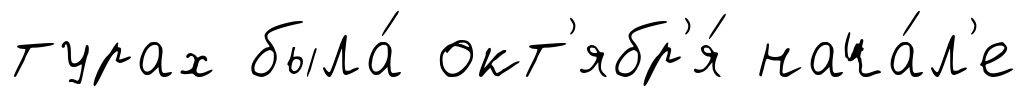
турах была́ окт'ябр'я́ нача́л'е